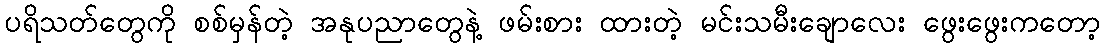
ပရိသတ်တွေကို စစ်မှန်တဲ့ အနုပညာတွေနဲ့ ဖမ်းစား ထားတဲ့ မင်းသမီးချောလေး ဖွေးဖွေးကတော့